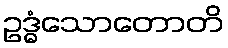
ဥဒ္ဓံသောတောတိ